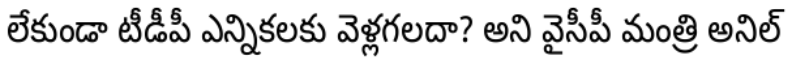
లేకుండా టీడీపీ ఎన్నికలకు వెళ్లగలదా? అని వైసీపీ మంత్రి అనిల్